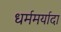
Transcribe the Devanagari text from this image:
धर्ममर्यादा